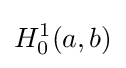
H_{0}^{1}(a,b)